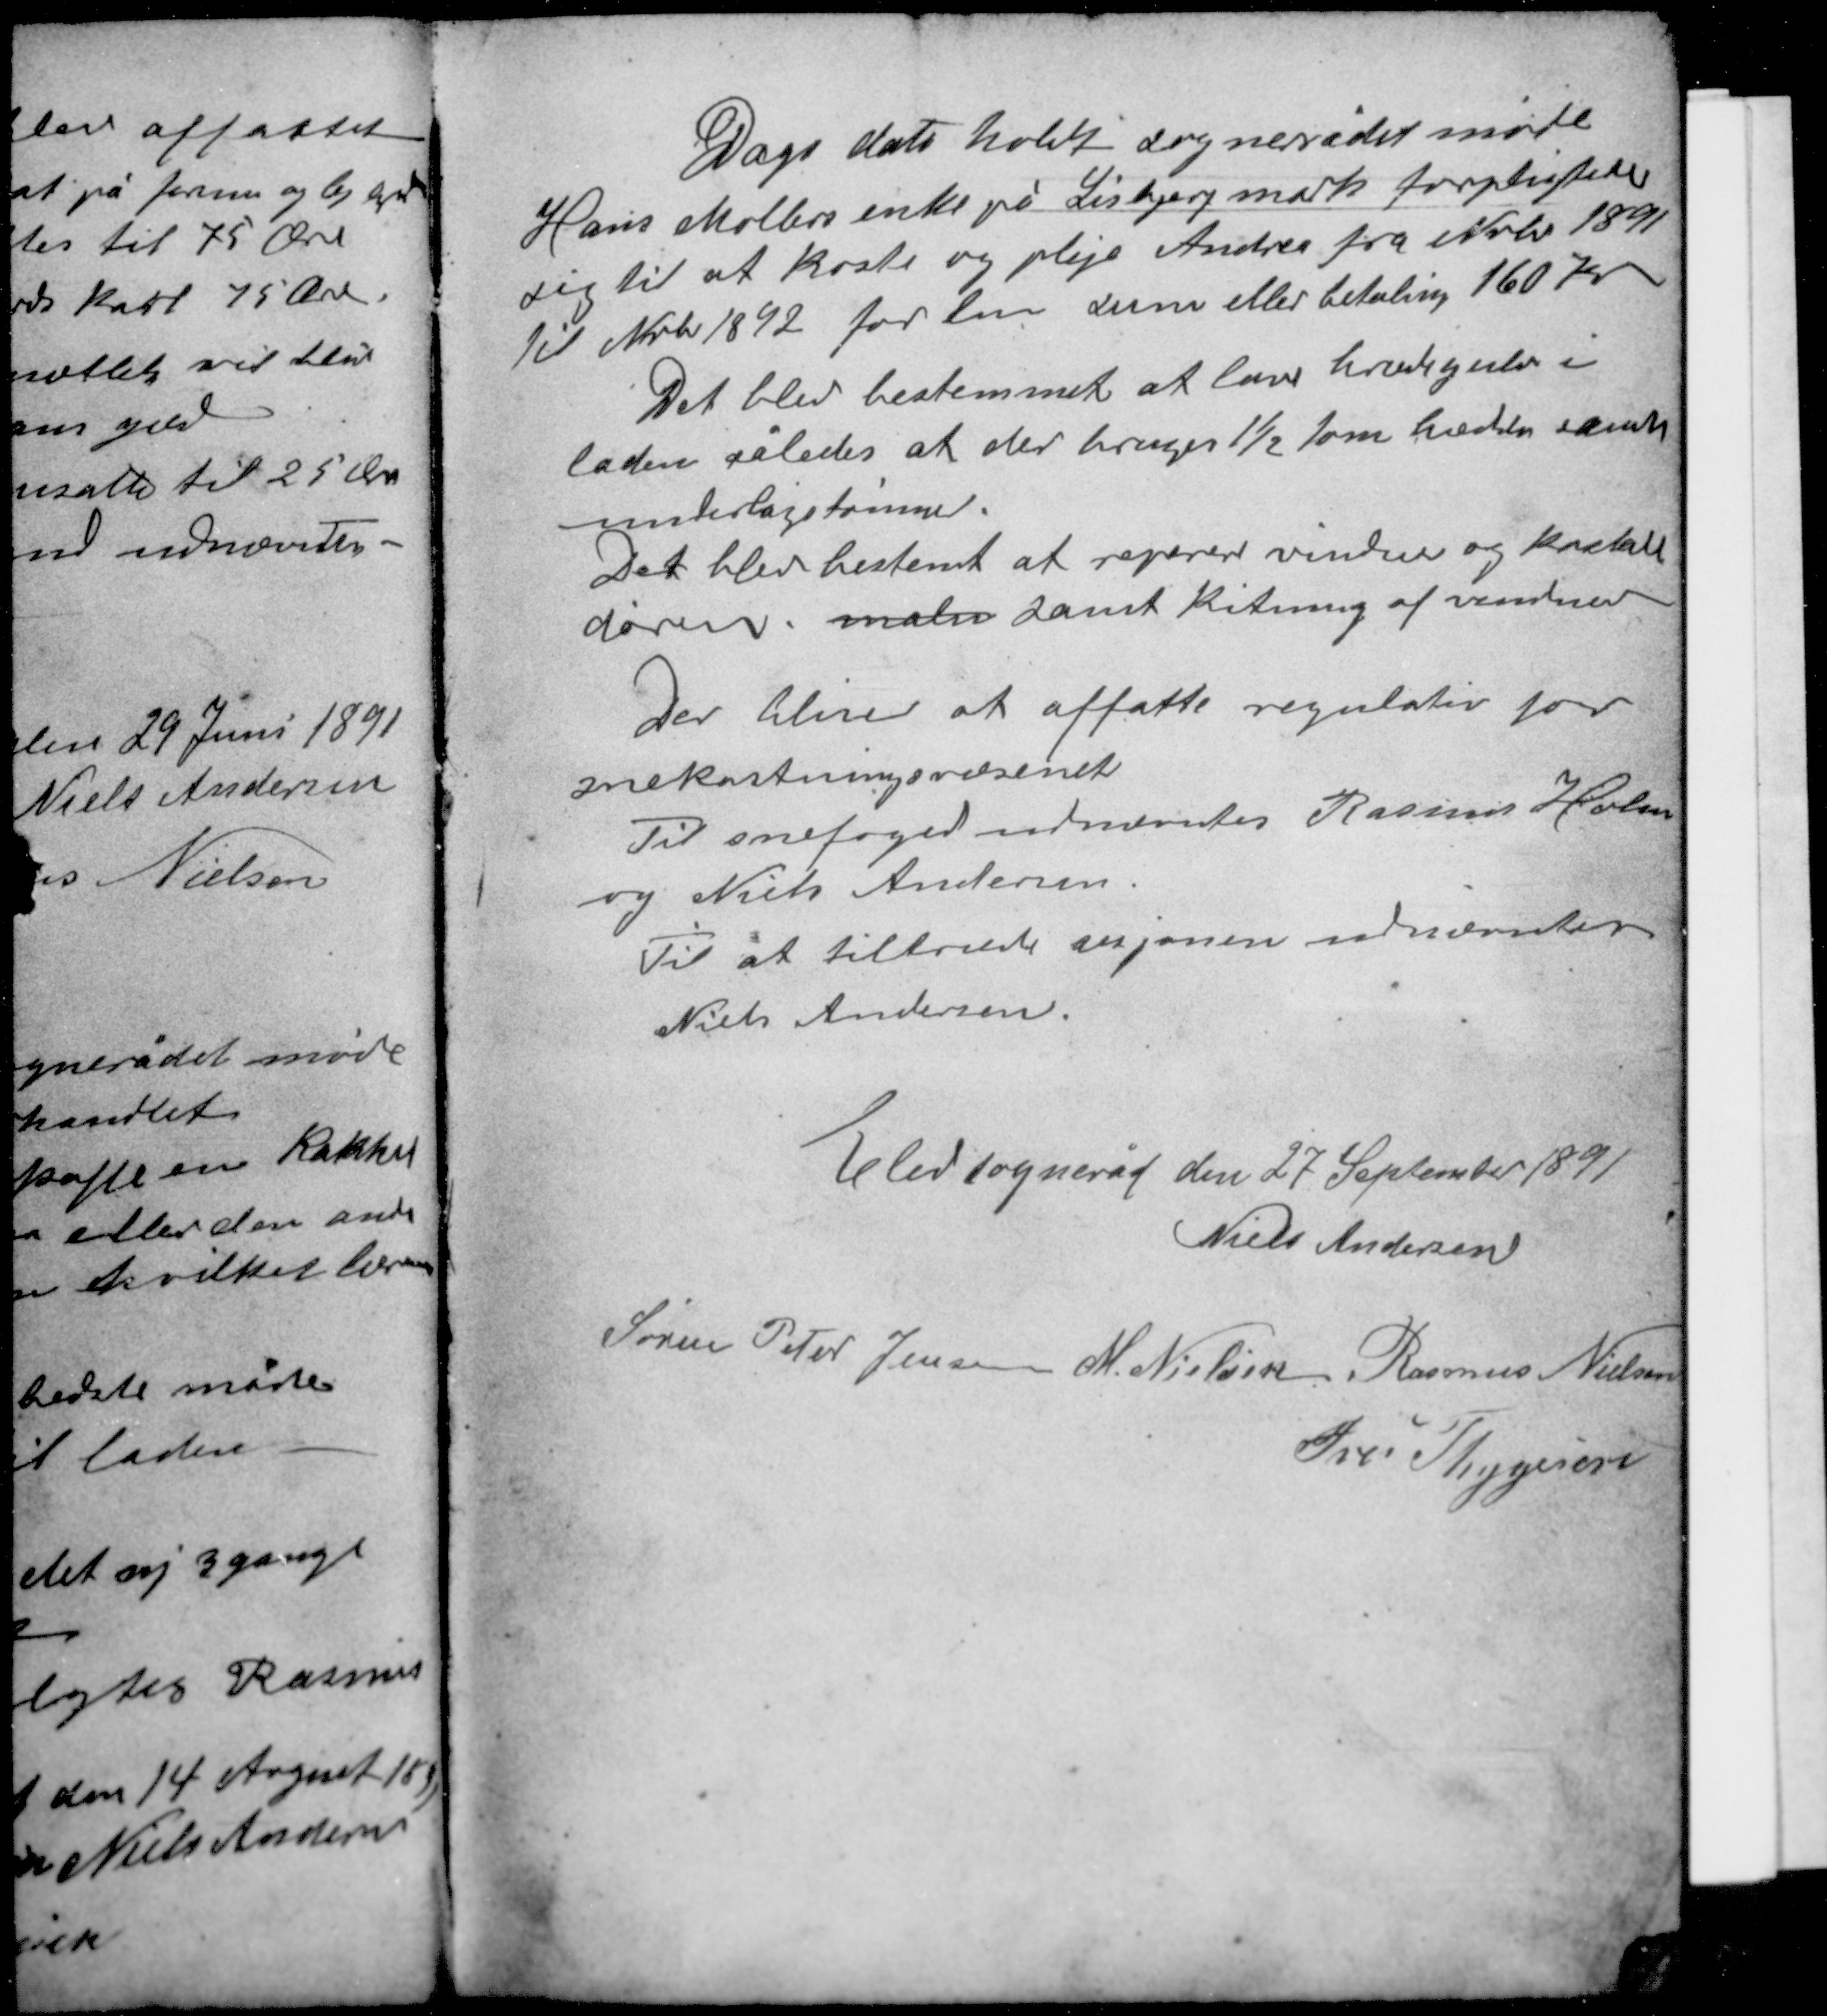
Transskription:
Dags dato holdt sognerådet møde
Hans Møllers enke på Lisbjerg mark forpligter
sig til at koste og pleje Andrea fra Nvbr 1891
til Nvbr 1892 for den sum eller betaling 160 Kr

Det blev bestemmet at lave xxxgulv i
laden således at der bruges 1½ tom  samt
undertagstømmer.
Det blev bestemt at reparere vindue og krexxx
døren, maln samt kitning af vinduer.

Det bliver at affatte regulativ for
snekastningsvæsenet
Til snefoged udnævntes Rasmus Holm
og Niels Andersen.
Til at tiltræde sesjonen udnævntes
Niels Andersen.

Elev sogneråd den 27 September 1891
Niels Andersen
Søren Peter Jensen M. Nielsen Rasmus Nielsen
Iver Thygesen